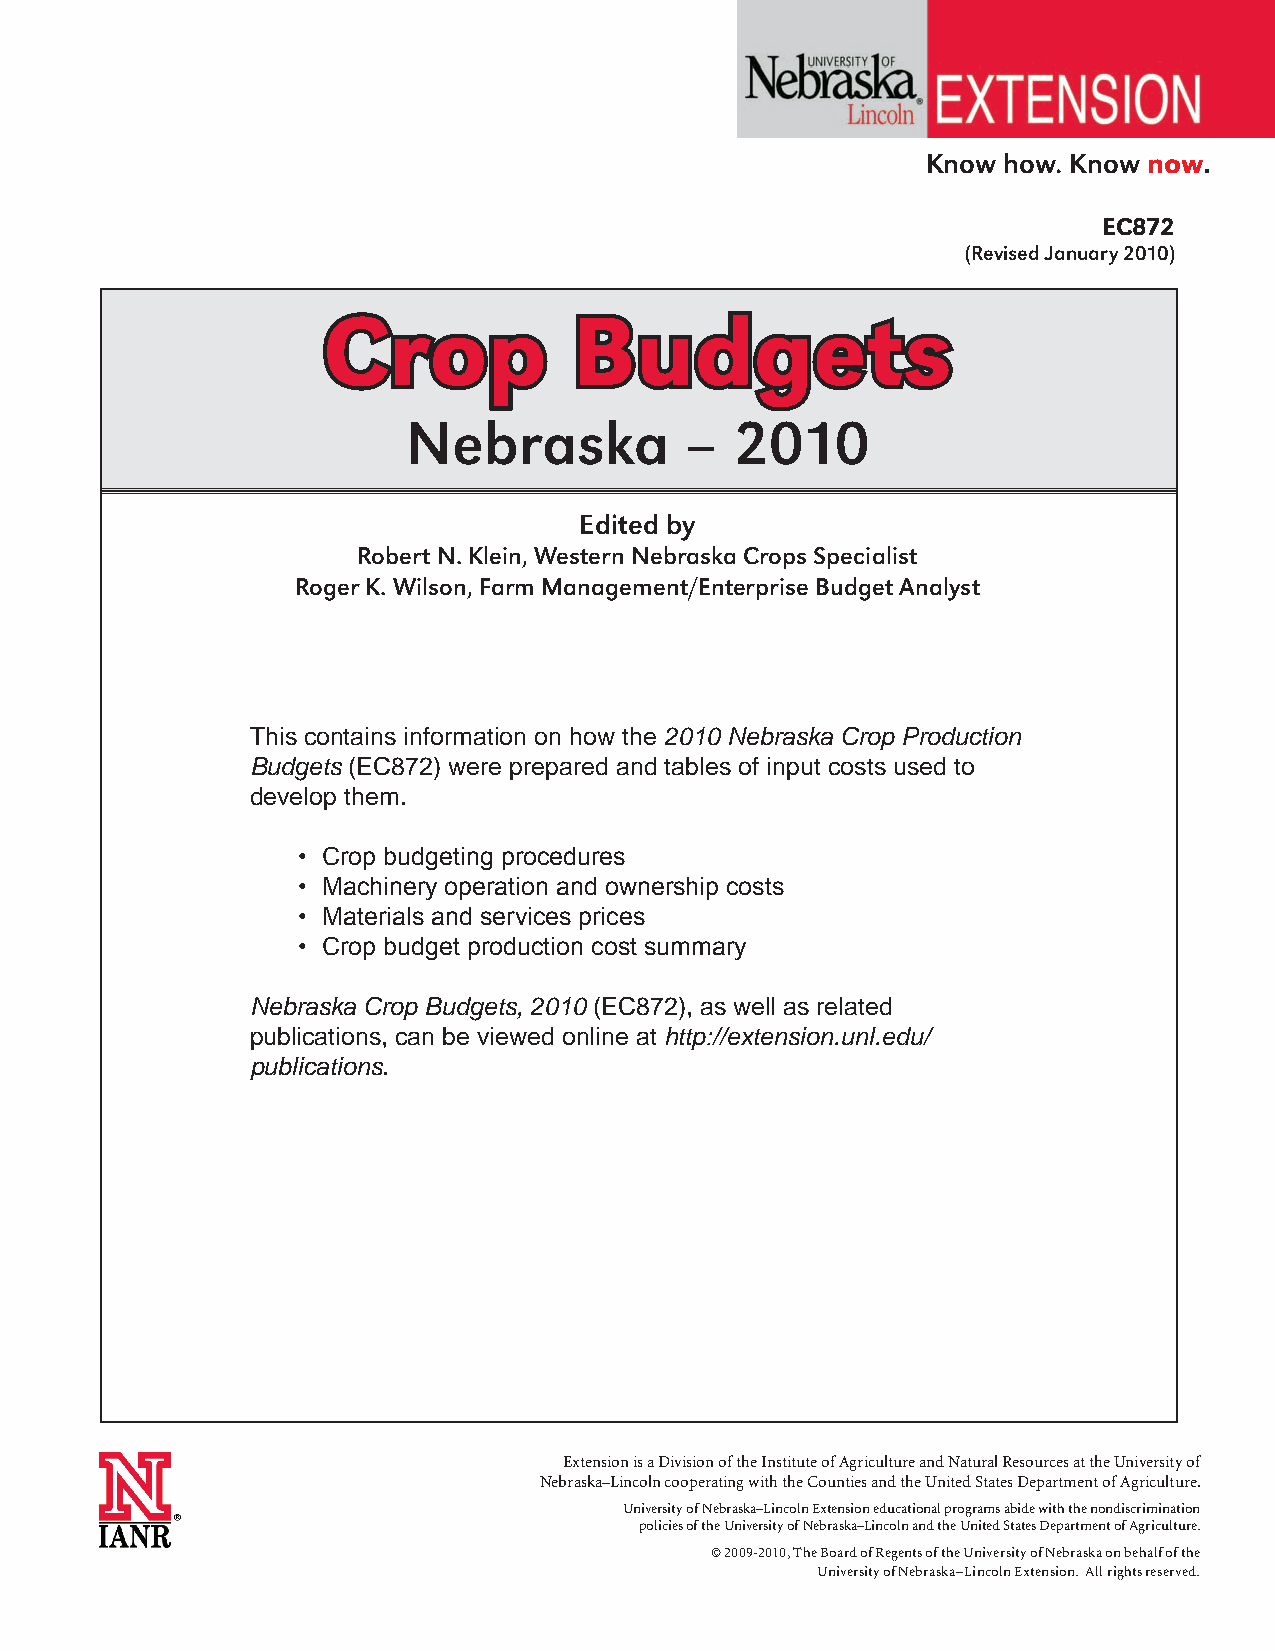
Know how. Know now.
 EC872
 (Revised January 2010)
 Crop             Budgets
 Nebraska          –   2010
 Edited by
 Robert N. Klein, Western Nebraska Crops Specialist
 Roger K. Wilson, Farm Management/Enterprise Budget Analyst
 This contains information on how the 2010 Nebraska Crop Production
 Budgets (EC872) were prepared and tables of input costs used to
 develop them.
 • Crop budgeting procedures
 • Machinery operation and ownership costs
 • Materials and services prices
 • Crop budget production cost summary
 Nebraska Crop Budgets, 2010 (EC872), as well as related
 publications, can be viewed online at http://extension.unl.edu/
 publications.
 Extension is a Division of the Institute of Agriculture and Natural Resources at the University of
 Nebraska–Lincoln cooperating with the Counties and the United States Department of Agriculture.
 University of Nebraska–Lincoln Extension educational programs abide with the nondiscrimination
 policies of the University of Nebraska–Lincoln and the United States Department of Agriculture.
 © 2009-2010, The Board of Regents of the University of Nebraska on behalf of the
 University of Nebraska–Lincoln Extension. All rights reserved.